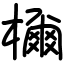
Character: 檷